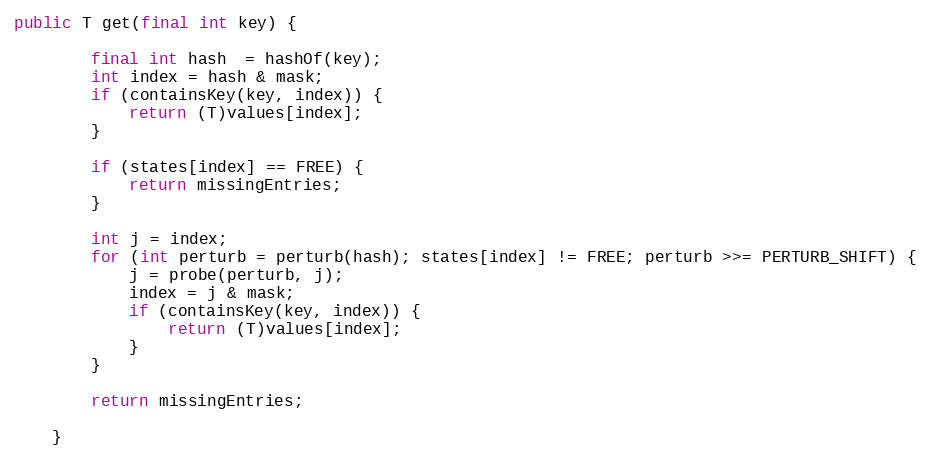
Language: Java
public T get(final int key) {

        final int hash  = hashOf(key);
        int index = hash & mask;
        if (containsKey(key, index)) {
            return (T)values[index];
        }

        if (states[index] == FREE) {
            return missingEntries;
        }

        int j = index;
        for (int perturb = perturb(hash); states[index] != FREE; perturb >>= PERTURB_SHIFT) {
            j = probe(perturb, j);
            index = j & mask;
            if (containsKey(key, index)) {
                return (T)values[index];
            }
        }

        return missingEntries;

    }